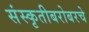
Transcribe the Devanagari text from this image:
संस्कृतीबरोबरचे